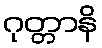
ဂုတ္တာနိ